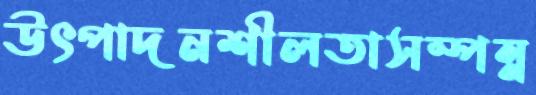
উৎপাদনশীলতাসম্পন্ন